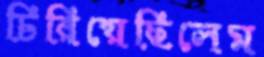
চিরিয়েছিলেম